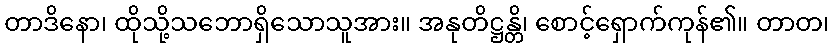
တာဒိနော၊ ထိုသို့သဘောရှိသောသူအား။ အနုတိဋ္ဌန္တိ၊ စောင့်ရှောက်ကုန်၏။ တာတ၊